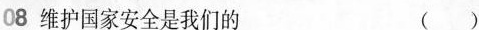
08 维护国家安全是我们的 ()